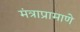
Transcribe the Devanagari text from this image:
मंत्राप्रामाणे